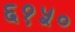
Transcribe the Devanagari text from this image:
६१५०